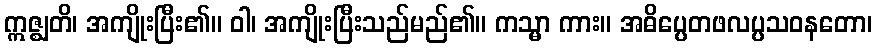
ဣဇ္ဈတိ၊ အကျိုးပြီး၏။ ဝါ၊ အကျိုးပြီးသည်မည်၏။ ကသ္မာ ကား။ အဓိပ္ပေတဖလပ္ပသဝနတော၊